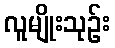
လူမျိုးသုဉ်း